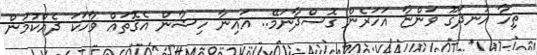
ތިހާ އުނދަގޫ ވަންޏާ އަހަރެން ގޮސްދާނަމޭ.. އައިނާ ހިޝާން އެގޮތައް ވާހަކަ ދެއްކުމުން